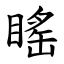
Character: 䁘